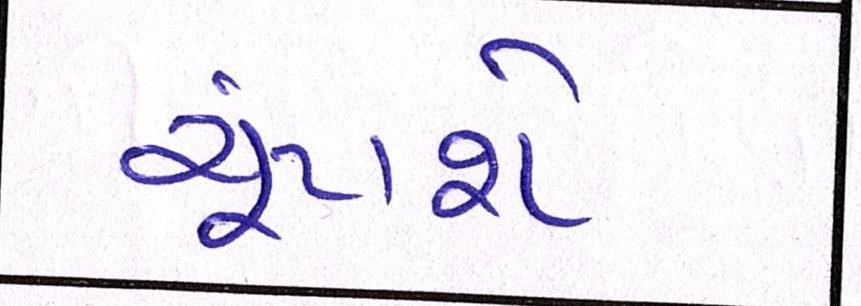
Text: ચૂંટાશે